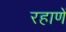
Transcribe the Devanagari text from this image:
रहाणें